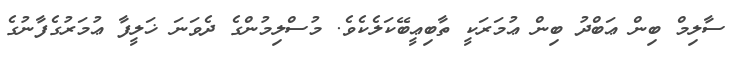
ސާލިމް ބިން ޢަބްދު ބިން ޢުމަރަކީ ތާބިޢީބޭކަލެކެވެ. މުސްލިމުންގެ ދެވަނަ ޚަލީފާ ޢުމަރުގެފާނުގެ